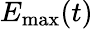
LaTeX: E_{\mathrm{max}}(t)